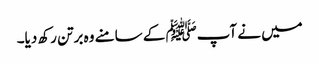
میں نے آپﷺ کے سامنے وہ برتن رکھ دیا۔